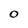
Character: O